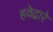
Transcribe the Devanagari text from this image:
हवेद्वारे